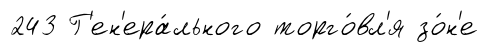
243 Г'ен'ера́льного торго́вл'я зо́н'е